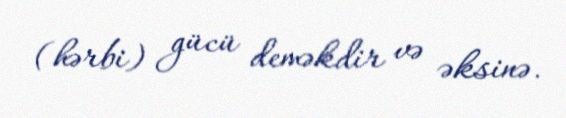
(hərbi) gücü deməkdir və əksinə.